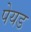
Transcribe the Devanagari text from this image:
पेयड